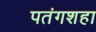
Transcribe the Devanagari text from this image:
पतंगशहा